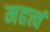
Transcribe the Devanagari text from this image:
महत्त्वं